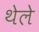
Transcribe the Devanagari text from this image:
थेले